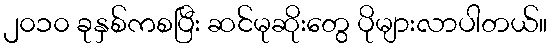
၂၀၁၀ ခုနှစ်ကစပြီး ဆင်မုဆိုးတွေ ပိုများလာပါတယ်။